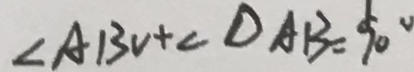
\angle A B O + \angle D A B = 9 0 ^ { \circ }